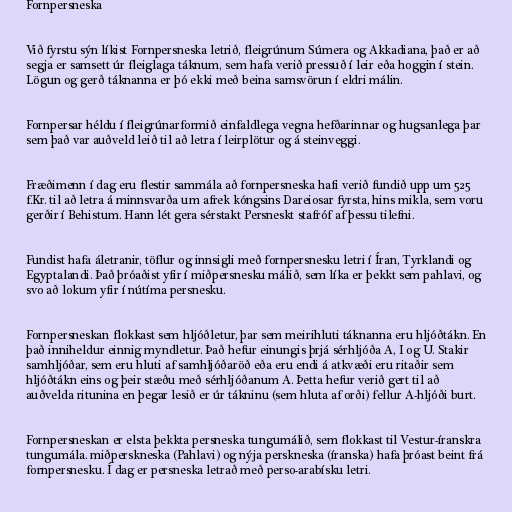
Fornpersneska

Við fyrstu sýn líkist Fornpersneska letrið, fleigrúnum Súmera og Akkadiana, það er að
segja er samsett úr fleiglaga táknum, sem hafa verið pressuð í leir eða hoggin í stein.
Lögun og gerð táknanna er þó ekki með beina samsvörun í eldri málin.

Fornpersar héldu í fleigrúnarformið einfaldlega vegna hefðarinnar og hugsanlega þar
sem það var auðveld leið til að letra í leirplötur og á steinveggi.

Fræðimenn í dag eru flestir sammála að fornpersneska hafi verið fundið upp um 525
f.Kr. til að letra á minnsvarða um afrek kóngsins Dareiosar fyrsta, hins mikla, sem voru
gerðir í Behistum. Hann lét gera sérstakt Persneskt stafróf af þessu tilefni.

Fundist hafa áletranir, töflur og innsigli með fornpersnesku letri í Íran, Tyrklandi og
Egyptalandi. Það þróaðist yfir í miðpersnesku málið, sem líka er þekkt sem pahlavi, og
svo að lokum yfir í nútíma persnesku.

Fornpersneskan flokkast sem hljóðletur, þar sem meirihluti táknanna eru hljóðtákn. En
það inniheldur einnig myndletur. Það hefur einungis þrjá sérhljóða A, I og U. Stakir
samhljóðar, sem eru hluti af samhljóðaröð eða eru endi á atkvæði eru ritaðir sem
hljóðtákn eins og þeir stæðu með sérhljóðanum A. Þetta hefur verið gert til að
auðvelda ritunina en þegar lesið er úr tákninu (sem hluta af orði) fellur A-hljóði burt.

Fornpersneskan er elsta þekkta persneska tungumálið, sem flokkast til Vestur-íranskra
tungumála. miðperskneska (Pahlavi) og nýja perskneska (íranska) hafa þróast beint frá
fornpersnesku. Í dag er persneska letrað með perso-arabísku letri.